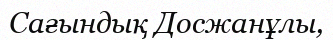
Сағындық Досжанұлы,